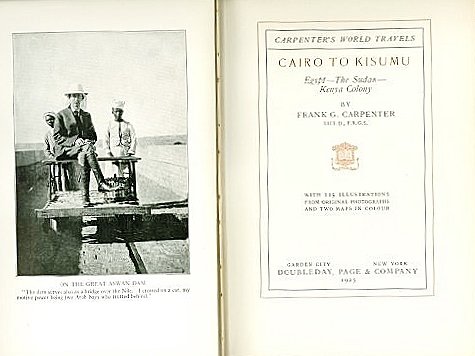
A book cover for Cairo to Kisumu;: Cairo--the Sudan--Kenya Colony, (Carpenter's world travels); Frank George Caprenter; Travel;